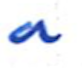
Text: a
Cross-out: clean
Writing tool: ballpoint